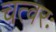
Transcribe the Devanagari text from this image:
चत्वरः